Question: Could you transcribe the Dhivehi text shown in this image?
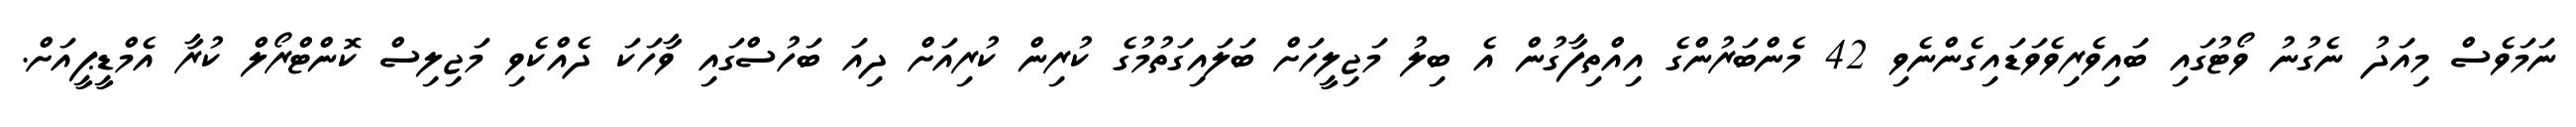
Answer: ނަމަވެސް މިއަދު ނެގުނު ވޯޓުގައި ބައިވެރިވެވަޑައިގެންނެވި 42 މެންބަރުންގެ އިއްތިފާގުން އެ ބިލު މަޖިލީހަށް ބަލައިގަތުމުގެ ކުރިން ކުރިއަށް ދިއަ ބަހުސްގައި ވާހަކަ ދެއްކެވި މަޖިލިސް ކޮންޓްރޯލް ކުރާ އެމްޑީޕީއަށް.